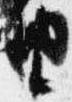
由